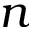
n